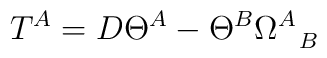
T^A = D\Theta^A - \Theta^B \Omega^A_{~~B}